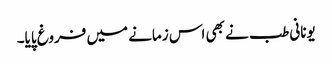
یونانی طب نے بھی اس زمانے میں فروغ پایا۔